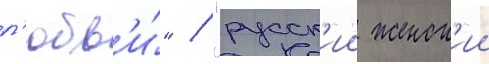
л'юбв'и́" / "русск'ии женск'ии